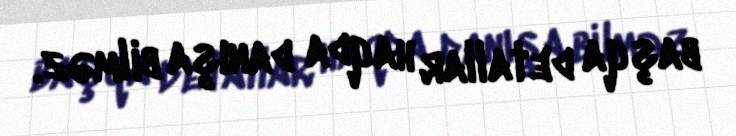
başqa detallar haqda danışa bilməz.